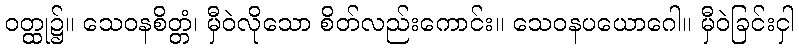
ဝတ္ထု၌။ သေဝနစိတ္တံ၊ မှီဝဲလိုသော စိတ်လည်းကောင်း။ သေဝနပယောဂေါ။ မှီဝဲခြင်းငှါ